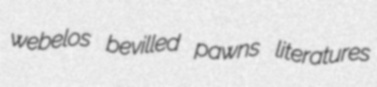
webelos bevilled pawns literatures